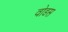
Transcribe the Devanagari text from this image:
वोडस